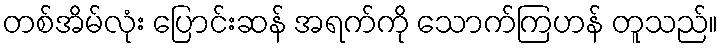
တစ်အိမ်လုံး ပြောင်းဆန် အရက်ကို သောက်ကြဟန် တူသည်။